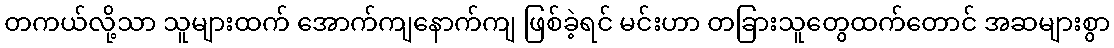
တကယ်လို့သာ သူများထက် အောက်ကျနောက်ကျ ဖြစ်ခဲ့ရင် မင်းဟာ တခြားသူတွေထက်တောင် အဆများစွာ